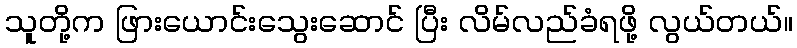
သူတို့က ဖြားယောင်းသွေးဆောင် ပြီး လိမ်လည်ခံရဖို့ လွယ်တယ်။